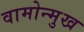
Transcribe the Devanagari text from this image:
वामोन्मुख